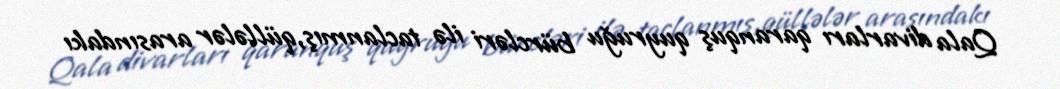
Qala divarları qaranquş quyruğu bürcləri ilə taclanmış,qüllələr arasındakı